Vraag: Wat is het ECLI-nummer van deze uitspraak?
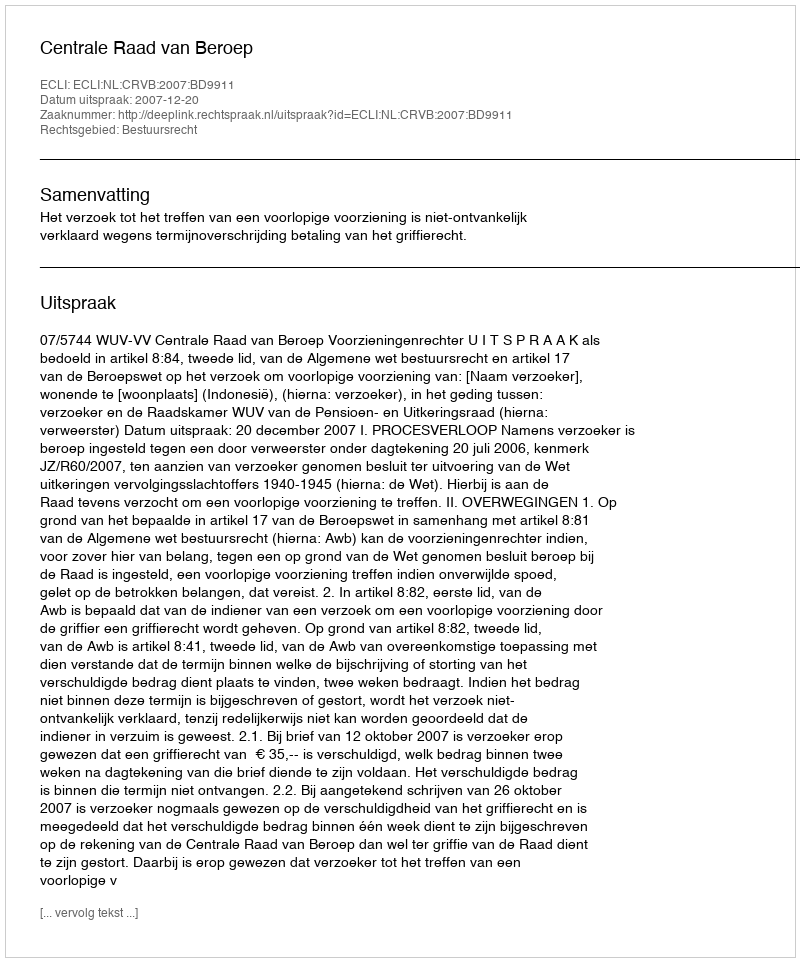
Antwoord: ECLI:NL:CRVB:2007:BD9911